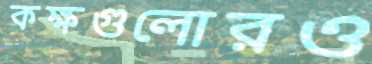
কক্ষগুলোরও